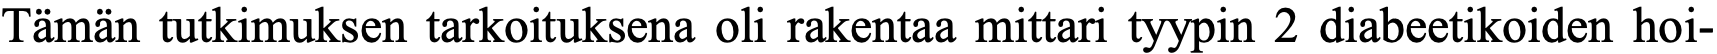
Tämän tutkimuksen tarkoituksena oli rakentaa mittari tyypin 2 diabeetikoiden hoi-